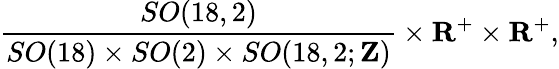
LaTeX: \frac{SO(18,2)}{SO(18)\times SO(2)\times SO(18,2;{\mathbf Z})}\times{\mathbf R}^{+}\times{\mathbf R}^{+},